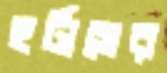
হর্টাসের